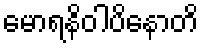
မောရနိဝါပိနောတိ